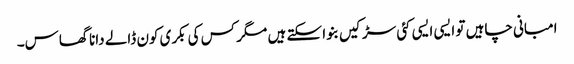
امبانی چاہیں تو ایسی ایسی کئی سڑکیں بنوا سکتے ہیں مگر کس کی بکری کون ڈالے دانا گھاس۔